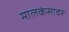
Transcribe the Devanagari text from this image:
मालकंसावर